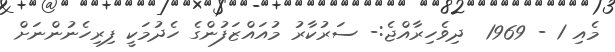
މެއި 1 - 1969  ދިވެހިރާއްޖެ:- ސަރުކާރު މުއައްޒަފުންގެ ހެދުމަކީ ފިރިހެނުންނަށް